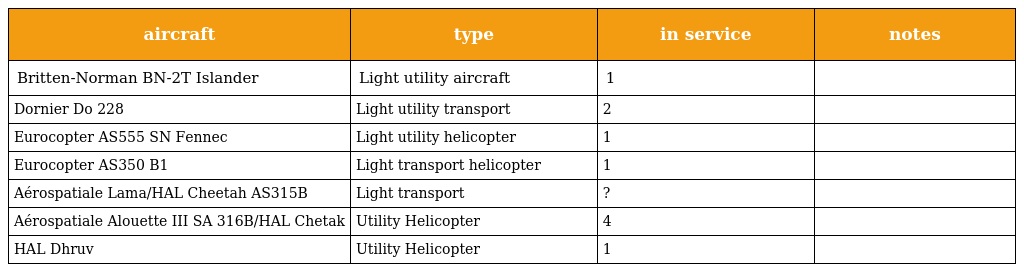
| aircraft | type | in service | notes |
 | --- | --- | --- | --- |
 | Britten-Norman BN-2T Islander | Light utility aircraft | 1 |  |
 | Dornier Do 228 | Light utility transport | 2 |  |
 | Eurocopter AS555 SN Fennec | Light utility helicopter | 1 |  |
 | Eurocopter AS350 B1 | Light transport helicopter | 1 |  |
 | Aérospatiale Lama/HAL Cheetah AS315B | Light transport | ? |  |
 | Aérospatiale Alouette III SA 316B/HAL Chetak | Utility Helicopter | 4 |  |
 | HAL Dhruv | Utility Helicopter | 1 |  |